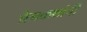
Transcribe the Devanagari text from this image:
प्रेमकथांची